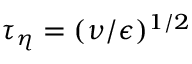
\tau _ { \eta } = ( \nu / \epsilon ) ^ { 1 / 2 }